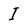
Character: I